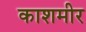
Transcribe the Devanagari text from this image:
काशमीर